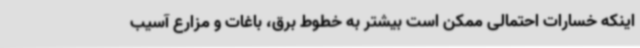
اینکه خسارات احتمالی ممکن است بیشتر به خطوط برق، باغات و مزارع آسیب